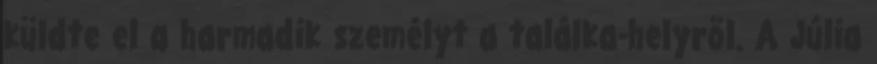
küldte el a harmadik személyt a találka-helyrõl. A Júlia